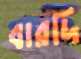
বারদি